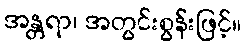
အန္တရာ၊ အတွင်းစွန်းဖြင့်။